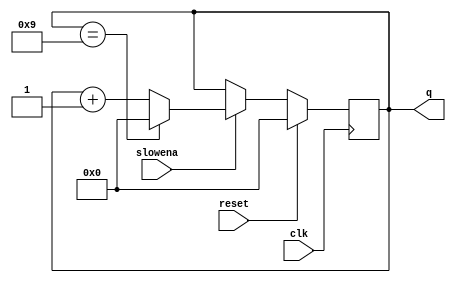
module top_module (
    input clk,
    input slowena,
    input reset,
    output [3:0] q);
    always @(posedge clk) begin
        if(reset) q<=0;
        else if(slowena) begin
            if(q==4'b1001) q<=0;
            else q<=q+1;
        end
    end
endmodule